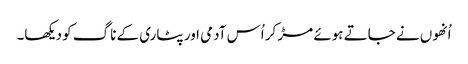
اُنھوں نے جاتے ہوئے مڑ کر اُس آدمی اور پٹاری کے ناگ کو دیکھا۔